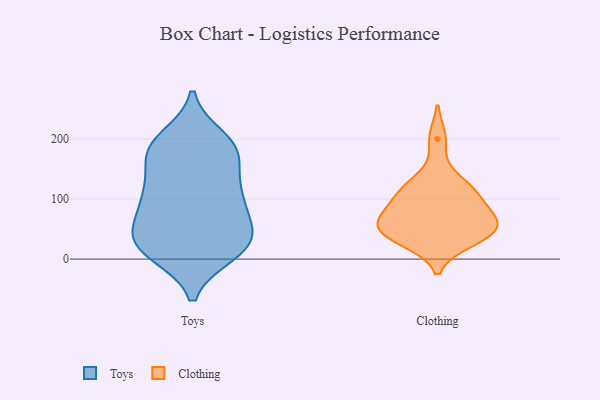
{"axis": {"x": "Churn Rate (%)", "y": "Value"}, "legend": ["Clothing", "Toys"], "data": [{"x": "", "y": 39, "type": "Toys"}, {"x": "", "y": 120, "type": "Toys"}, {"x": "", "y": 107, "type": "Toys"}, {"x": "", "y": 184, "type": "Toys"}, {"x": "", "y": 98, "type": "Toys"}, {"x": "", "y": 22, "type": "Toys"}, {"x": "", "y": 175, "type": "Toys"}, {"x": "", "y": 179, "type": "Toys"}, {"x": "", "y": 46, "type": "Toys"}, {"x": "", "y": 185, "type": "Toys"}, {"x": "", "y": 200, "type": "Toys"}, {"x": "", "y": 178, "type": "Toys"}, {"x": "", "y": 10, "type": "Toys"}, {"x": "", "y": 112, "type": "Toys"}, {"x": "", "y": 66, "type": "Toys"}, {"x": "", "y": 20, "type": "Toys"}, {"x": "", "y": 17, "type": "Toys"}, {"x": "", "y": 103, "type": "Toys"}, {"x": "", "y": 18, "type": "Toys"}, {"x": "", "y": 50, "type": "Toys"}, {"x": "", "y": 103, "type": "Clothing"}, {"x": "", "y": 74, "type": "Clothing"}, {"x": "", "y": 61, "type": "Clothing"}, {"x": "", "y": 70, "type": "Clothing"}, {"x": "", "y": 106, "type": "Clothing"}, {"x": "", "y": 46, "type": "Clothing"}, {"x": "", "y": 118, "type": "Clothing"}, {"x": "", "y": 35, "type": "Clothing"}, {"x": "", "y": 51, "type": "Clothing"}, {"x": "", "y": 31, "type": "Clothing"}, {"x": "", "y": 51, "type": "Clothing"}, {"x": "", "y": 128, "type": "Clothing"}, {"x": "", "y": 200, "type": "Clothing"}]}